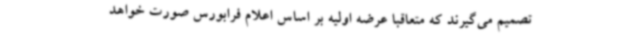
تصمیم می‌گیرند که متعاقبا عرضه اولیه بر اساس اعلام فرابورس صورت خواهد